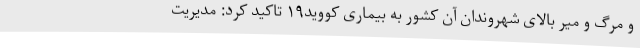
و مرگ و میر بالای شهروندان آن کشور به بیماری کووید۱۹ تاکید کرد: مدیریت